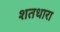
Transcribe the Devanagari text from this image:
शतधारा